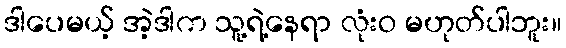
ဒါပေမယ့် အဲ့ဒါက သူ့ရဲ့နေရာ လုံးဝ မဟုတ်ပါဘူး။